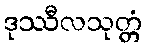
ဒုဿီလသုတ္တံ